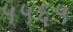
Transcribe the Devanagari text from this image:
५५६५